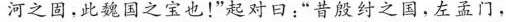
河之固，此魏国之宝也!”起对曰:“昔殷纣之国，左孟门，